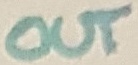
Text: OUT